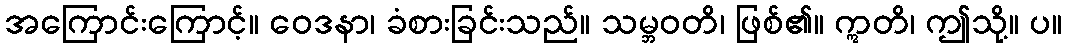
အကြောင်းကြောင့်။ ဝေဒနာ၊ ခံစားခြင်းသည်။ သမ္ဘဝတိ၊ ဖြစ်၏။ ဣတိ၊ ဤသို့။ ပ။